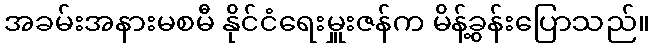
အခမ်းအနားမစမီ နိုင်ငံရေးမှူးဇန်က မိန့်ခွန်းပြောသည်။